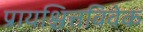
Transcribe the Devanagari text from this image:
प्रायश्चित्तविवेक